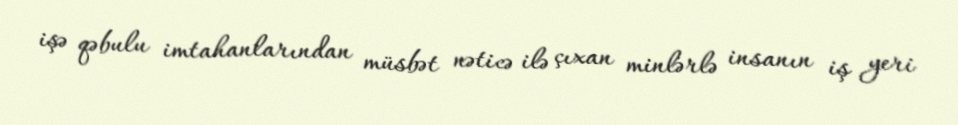
işə qəbulu imtahanlarından müsbət nəticə ilə çıxan minlərlə insanın iş yeri